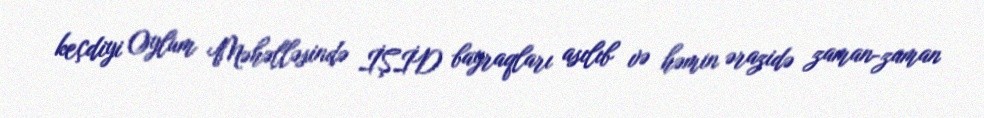
keçdiyi Oylum Məhəlləsində İŞİD bayraqları asılıb və həmin ərazidə zaman-zaman